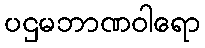
ပဌမဘာဏဝါရော